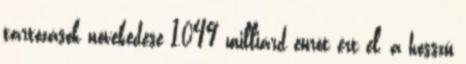
tartozások növekedése 1,049 milliárd eurót ért el, a hosszú